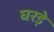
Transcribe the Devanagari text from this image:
घरड़े